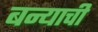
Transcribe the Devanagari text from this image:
बन्याची